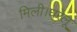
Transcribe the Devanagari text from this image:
मिली।घरेलू